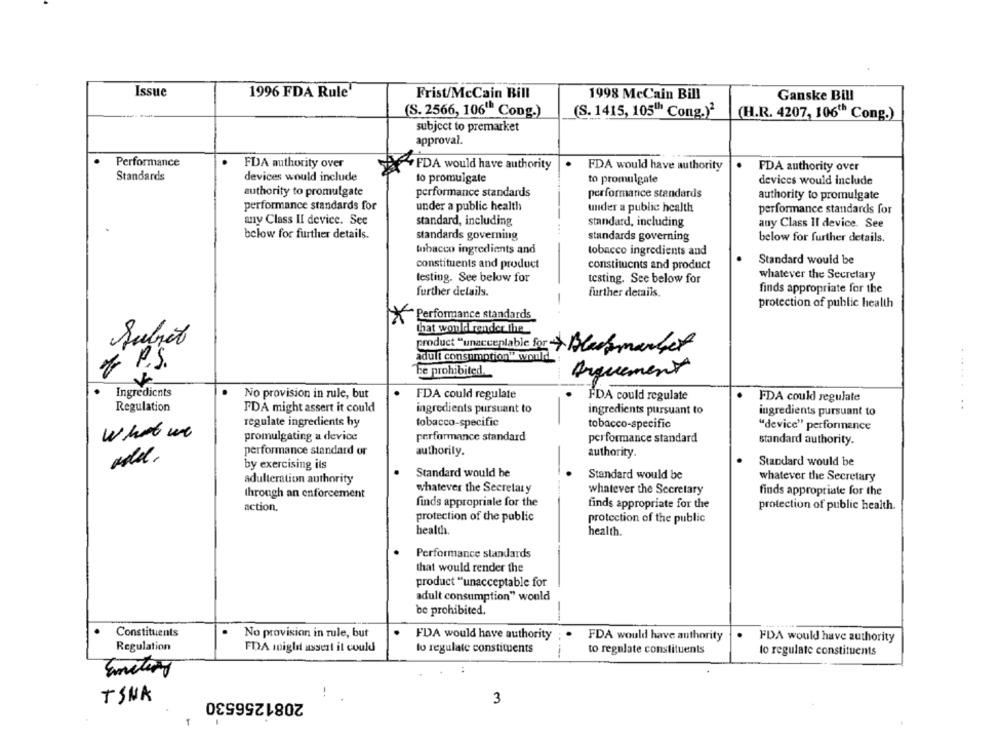
Issue
1996 FDA Rule
Frist/McCain Bill
1998 MeCain Bill
Ganske Bill
(S. 2566, 106" Cong.)
(S. 1415, 105" Cong.)2
(H.R. 4207, 106th Cong.)
subject to premarket
approval.
Performance
FDA authority over
FDA would have authority
FDA would have authority
FDA authority over
Standards
devices would include
to promulgate
to promulgate
devices would include
authority to promulgate
performance standards
performance standards
authority to promulgate
performance standards for
under a public health
under a public health
performance standards for
any Class II device. See
standard, including
standard, including
any Class Il device. See
below for further details.
standards governing
standards governing
below for further details.
tobacco ingredients and
tobacco ingredients and
Standard would be
constituents and product
constituents and product
testing. See below for
testing. See below for
whatever the Secretary
finds appropriate for the
further details.
further details.
-
protection of public health
Performance standards
that would render the
Subret
product "unacceptable for
adult consumption" would
& P.S.
Te prohibited.
Arquement
Ingredients
No provision in rule, but
......
FDA could regulate
FDA could regulate
FDA could regulate
Regulation
FDA might assert it could
ingredients pursuant to
..
ingredients pursuant to
ingredients pursuant to
regulate ingredients hy
tobacco-specific
tobacco-specific
"device" performance
What we
promulgating a device
performance standard
performance standard
standard authority.
performance standard or
authorily.
authority
by exercising its
Standard would be
Standard would be
adulteration authority
Standard would be
whatever the Secretary
whatever the Secretary
whatever the Secretary
through an enforcement
finds appropriate for the
finds appropriale for the
finds appropriate for the
action.
protection of public health.
protection of the public
protection of the public
health.
health.
Performance standards
that would render the
product "unacceptable for
adult consumption" would
be prohibited.
Constituents
No provision in rule, but
FDA would have authority
FDA would have authority
FDA would have authority
Regulation
FDA migli assert it could
to regulate constituents
to regulate constituents
to regulate constituents
Emitiry
TSNA
2081256530
--
3